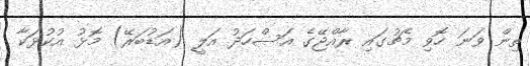
ތިން ވަނަ ހޮވި މެޗުގައި ރާއްޖޭގެ އަސްހަދު އަލީ (އަޑުބަރޭ) މޮޅު އުކުޅަކާ